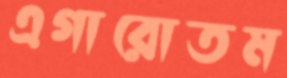
এগারোতম